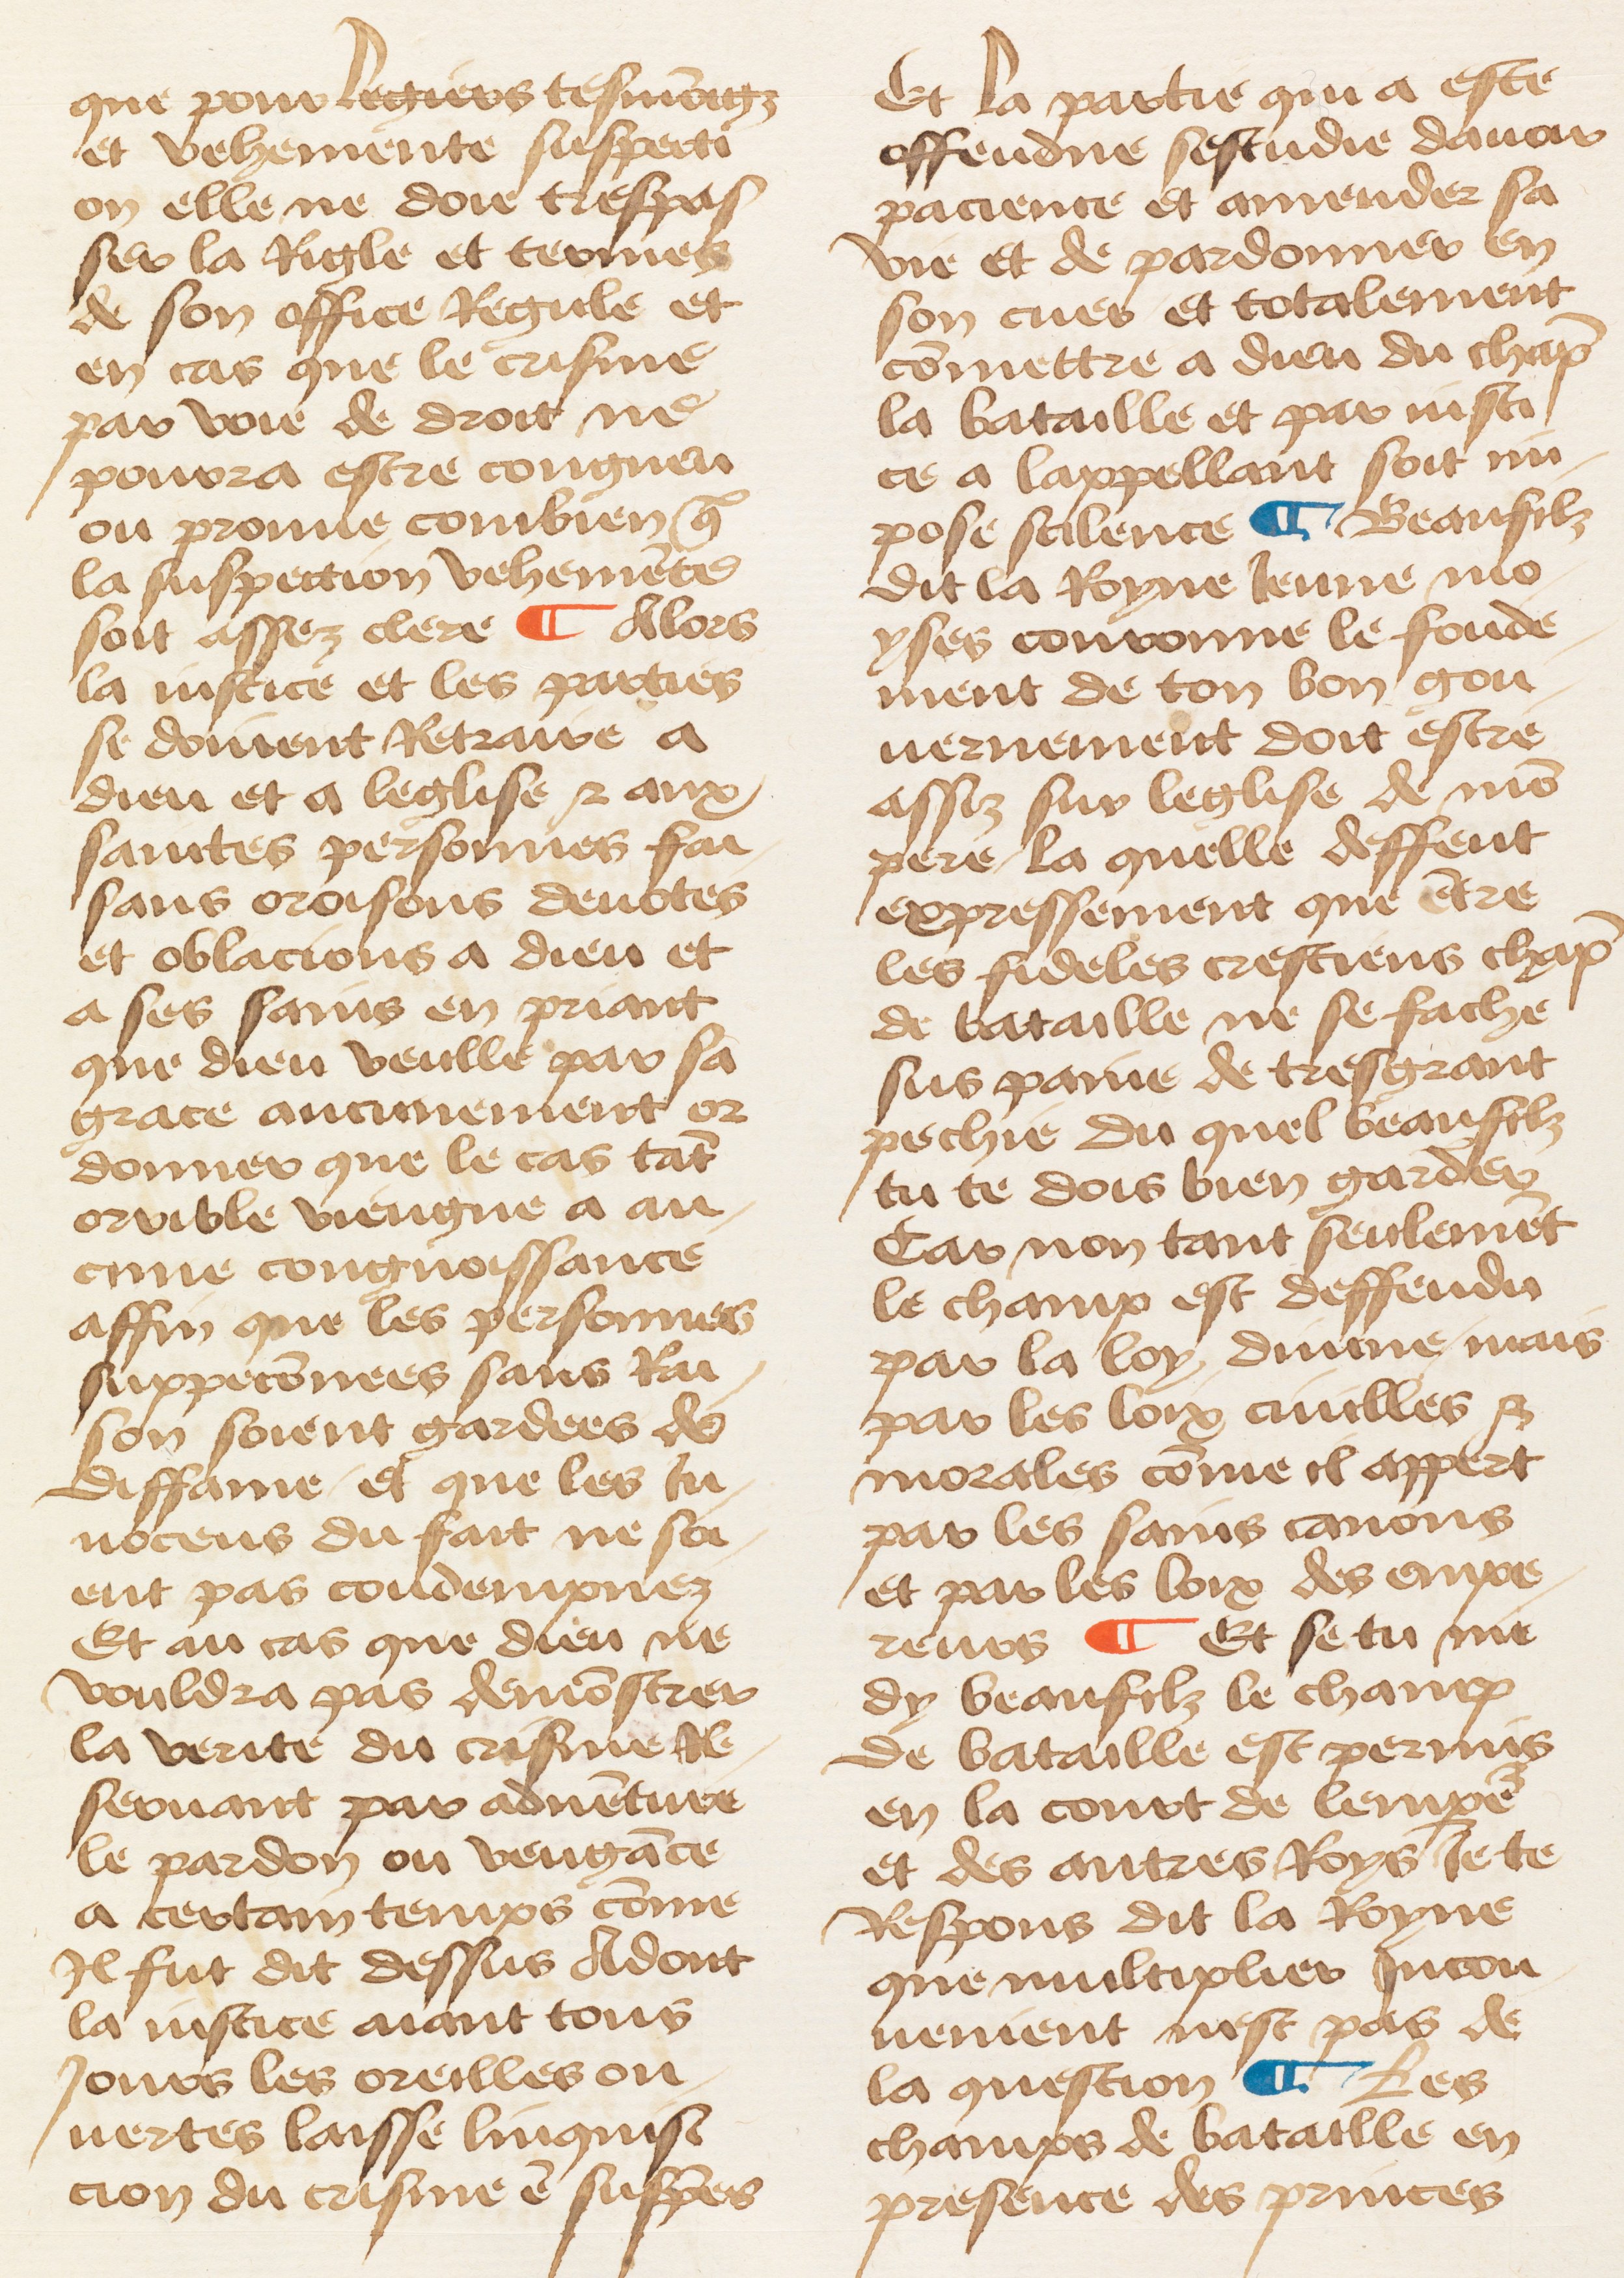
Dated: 1460–1470